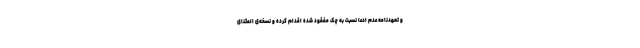
و تعهدنامه عدم ادعا نسبت به چک مفقود شده اقدام کرده و نسخه‌ی المثنای